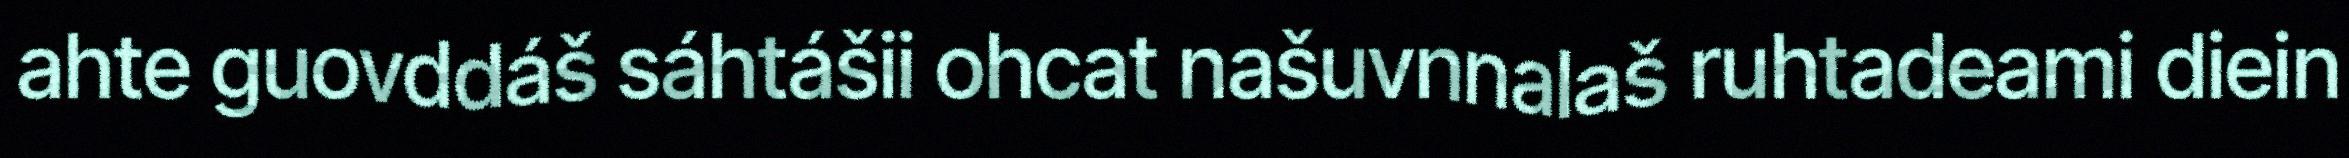
ahte guovddáš sáhtášii ohcat našuvnnalaš ruhtadeami diein